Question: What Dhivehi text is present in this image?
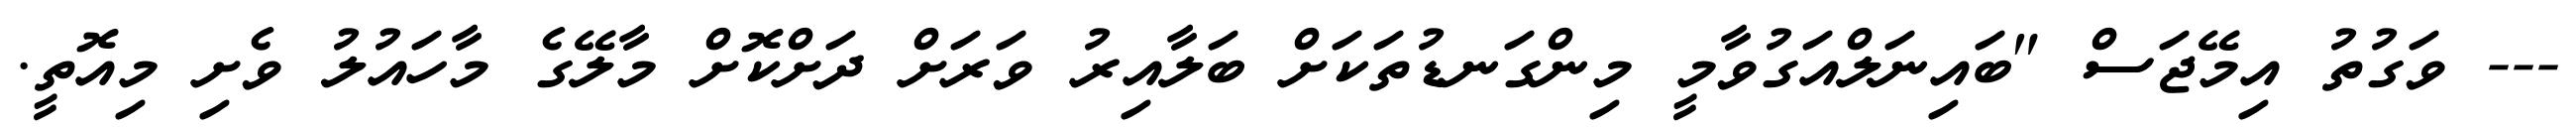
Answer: --- ވަގުތު އިމޭޖަސް "ބައިނަލްއަގުވާމީ މިންގަނޑުތަކަށް ބަލާއިރު ވަރަށް ދަށްކޮށް މާލޭގެ މާހައުލު ވެށި މިއޮތީ.